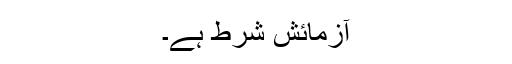
آزمائش شرط ہے۔